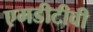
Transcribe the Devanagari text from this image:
एमडीटीवी